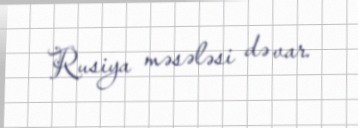
Rusiya məsələsi də var.